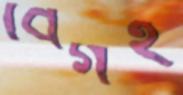
বেগই